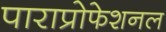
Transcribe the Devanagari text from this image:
पाराप्रोफेशनल